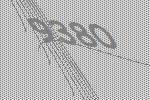
9380